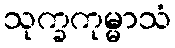
သုက္ခကုမ္မာသံ